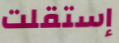
إستقلت